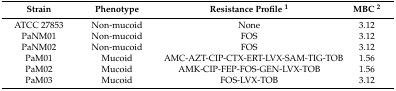
<table><thead><tr><td><b>Strain</b></td><td><b>Phenotype</b></td><td><b>Resistance Profile <sup>1</sup></b></td><td><b>MBC <sup>2</sup></b></td></tr></thead><tbody><tr><td>ATCC 27853</td><td>Non-mucoid</td><td>None</td><td>3.12</td></tr><tr><td>PaNM01</td><td>Non-mucoid</td><td>FOS</td><td>3.12</td></tr><tr><td>PaNM02</td><td>Non-mucoid</td><td>FOS</td><td>3.12</td></tr><tr><td>PaM01</td><td>Mucoid</td><td>AMC-AZT-CIP-CTX-ERT-LVX-SAM-TIG-TOB</td><td>1.56</td></tr><tr><td>PaM02</td><td>Mucoid</td><td>AMK-CIP-FEP-FOS-GEN-LVX-TOB</td><td>1.56</td></tr><tr><td>PaM03</td><td>Mucoid</td><td>FOS-LVX-TOB</td><td>3.12</td></tr></tbody></table>